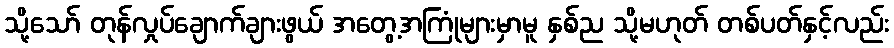
သို့သော် တုန်လှုပ်ချောက်ချားဖွယ် အတွေ့အကြုံများမှာမူ နှစ်ည သို့မဟုတ် တစ်ပတ်နှင့်လည်း